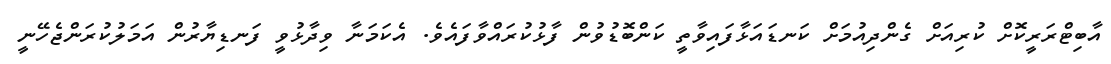
އާބިޓްރަރީކޮށް ކުރިއަށް ގެންދިއުމަށް ކަނޑައަޅާފައިވާތީ ކަންބޮޑުވުން ފާޅުކުރައްވާފައެވެ. އެކަމަނާ ވިދާޅުވީ ފަނޑިޔާރުން އަމަލުކުރަންޖެހޭނީ